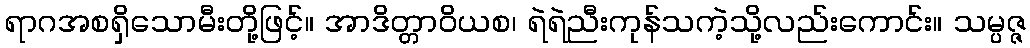
ရာဂအစရှိသောမီးတို့ဖြင့်။ အာဒိတ္တာဝိယစ၊ ရဲရဲညီးကုန်သကဲ့သို့လည်းကောင်း။ သမ္ပဇ္ဇ